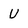
Character: U